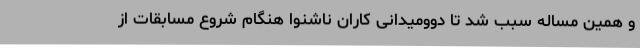
و همین مساله سبب شد تا دوومیدانی کاران ناشنوا هنگام شروع مسابقات از